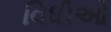
વિધીઓ